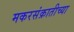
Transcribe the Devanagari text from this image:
मकरसंक्रातीच्या